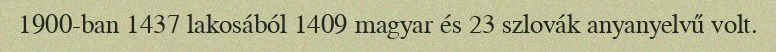
1900-ban 1437 lakosából 1409 magyar és 23 szlovák anyanyelvű volt.